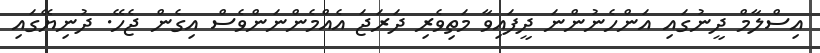
އިސްލާމް ދީނުގައި އަންހެނުންނަ ދީފައިވާ މަތިވެރި ދަރަޖަ އެއްމެންނަންވެސް އިގެން ޖެހޭ. ދުނިޔޭގައި